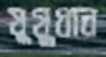
যুযুধান